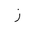
Letter: _zay